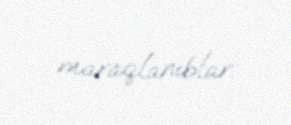
maraqlanıblar.